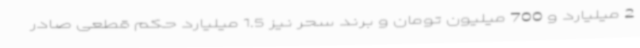
2 میلیارد و 700 میلیون تومان و برند سحر نیز 1.5 میلیارد حکم قطعی صادر